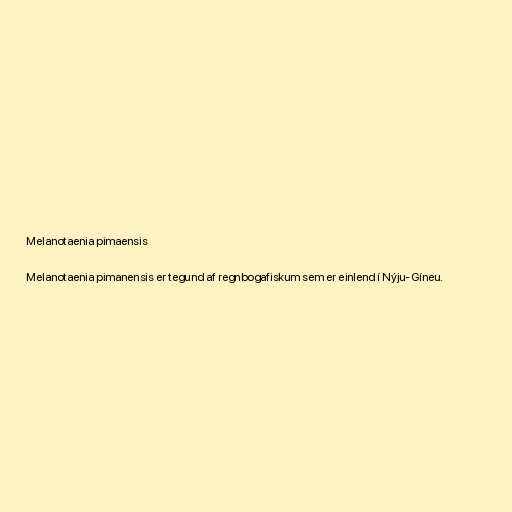
Melanotaenia pimaensis

Melanotaenia pimanensis er tegund af regnbogafiskum sem er einlend í Nýju-Gíneu.